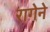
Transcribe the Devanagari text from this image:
रागेने